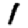
Digit: 1